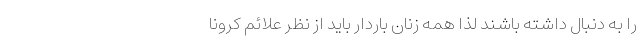
را به دنبال داشته باشند لذا همه زنان باردار باید از نظر علائم کرونا